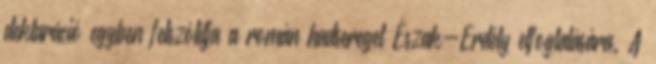
deklaráció egyben felszólítja a román hadsereget Észak-Erdély elfoglalására. A